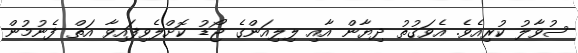
ސުވާލު ކުރިއެވެ. އެވަޤުތު ދިޔާން އާއި ލިލިއަންގެ ޖޯޑު ކޮށްލެވިފައިވާ އަތް ފެނުމުން